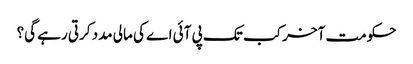
حکومت آخر کب تک پی آئی اے کی مالی مدد کرتی رہے گی؟